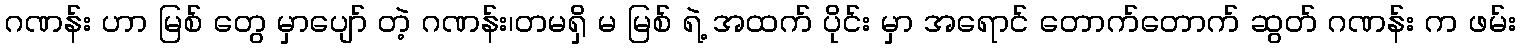
ဂဏန်း ဟာ မြစ် တွေ မှာပျော် တဲ့ ဂဏန်း၊တမရှိ မ မြစ် ရဲ့ အထက် ပိုင်း မှာ အရောင် တောက်တောက် ဆွတ် ဂဏန်း က ဖမ်း